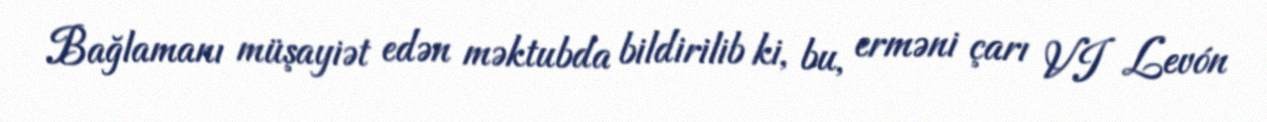
Bağlamanı müşayiət edən məktubda bildirilib ki, bu, erməni çarı VI Levón